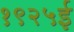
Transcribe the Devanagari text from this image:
१९२५ई